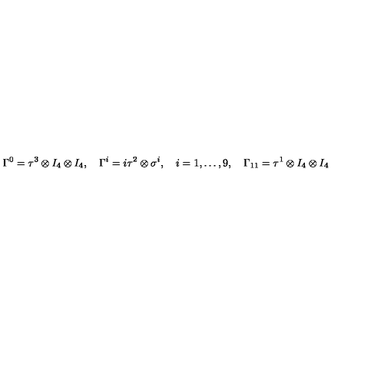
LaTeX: \Gamma ^ { 0 } = \tau ^ { 3 } \otimes I _ { 4 } \otimes I _ { 4 } , \quad \Gamma ^ { i } = i \tau ^ { 2 } \otimes \sigma ^ { i } , \quad i = 1 , \dots , 9 , \quad \Gamma _ { 1 1 } = \tau ^ { 1 } \otimes I _ { 4 } \otimes I _ { 4 }